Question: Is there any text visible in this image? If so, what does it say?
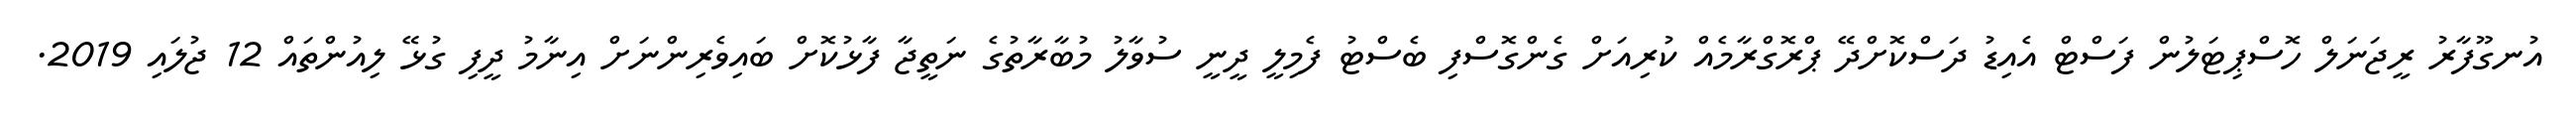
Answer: އުނގޫފާރު ރީޖަނަލް ހޮސްޕިޓަލުން ފަސްޓް އެއިޑު ދަސްކޮށްދޭ ޕްރޮގްރާމެއް ކުރިއަށް ގެންގޮސްފި ބެސްޓު ފެމިލީ ދީނީ ސުވާލު މުބާރާތުގެ ނަތީޖާ ފާޅުކޮށް ބައިވެރިންނަށް އިނާމު ދީފި ގުޅޭ ލިއުންތައް 12 ޖުލައި 2019.